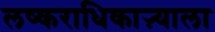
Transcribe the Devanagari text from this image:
लष्कराधिकाऱ्याला